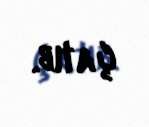
çatıb.